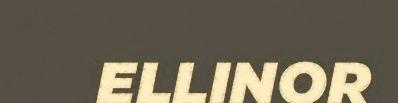
ELLINOR